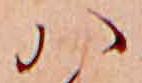
ハ